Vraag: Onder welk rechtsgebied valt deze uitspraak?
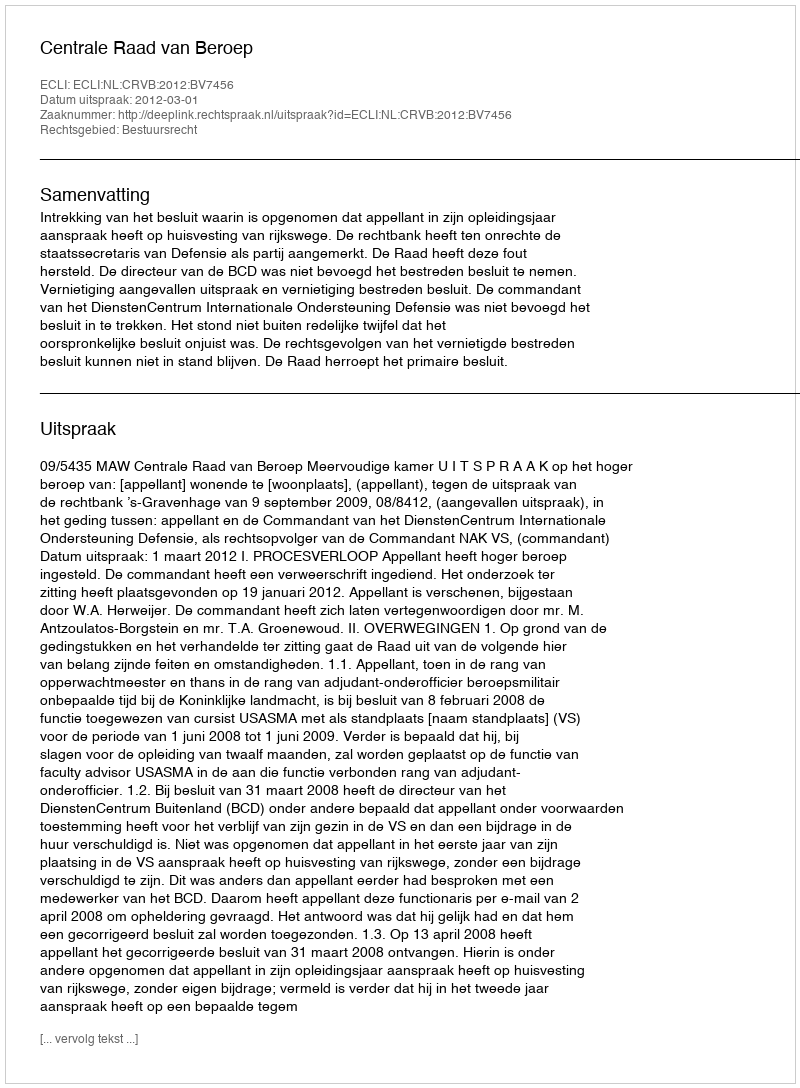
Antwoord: Bestuursrecht